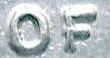
OF